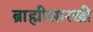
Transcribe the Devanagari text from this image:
ब्राह्मीसारखी